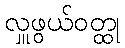
လှူဖွယ်ဝတ္ထု